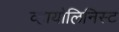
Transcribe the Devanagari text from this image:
व्हायोलिनिस्ट